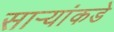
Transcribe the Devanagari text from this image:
सार्‍यांकडे